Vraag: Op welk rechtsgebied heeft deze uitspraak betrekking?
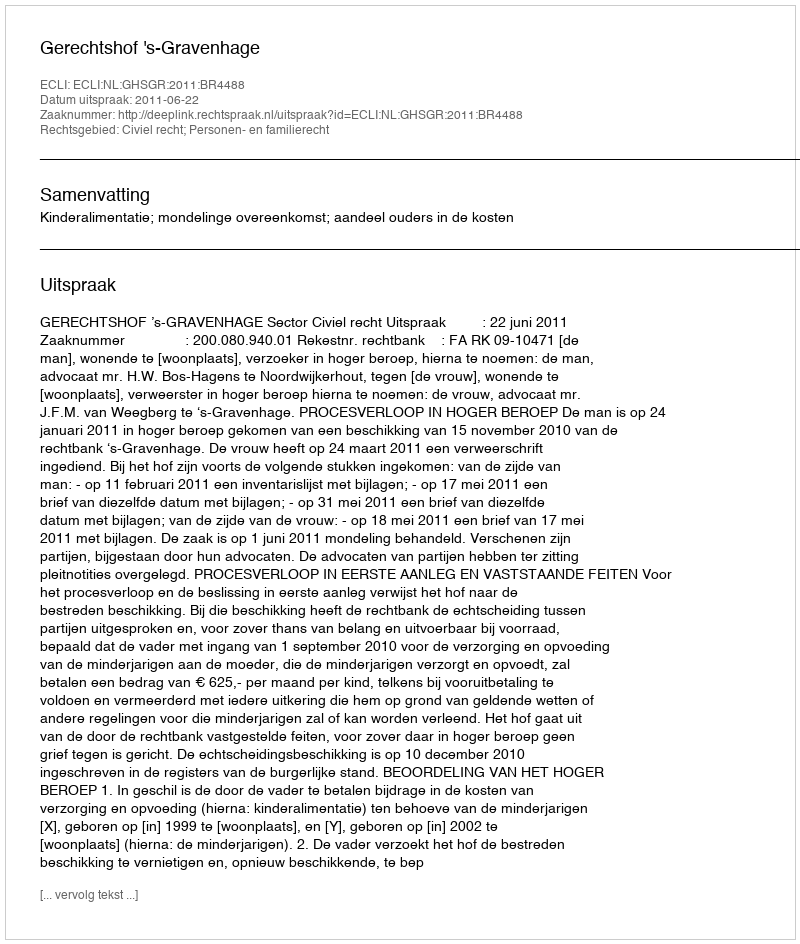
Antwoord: Civiel recht; Personen- en familierecht